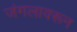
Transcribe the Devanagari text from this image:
जंगलावरून